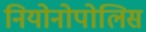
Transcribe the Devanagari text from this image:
नियोनोपोलिस